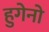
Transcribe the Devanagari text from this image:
हुगेनो